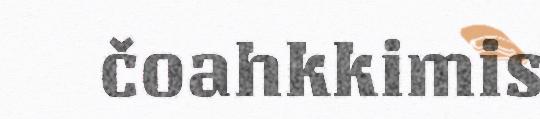
čoahkkimis